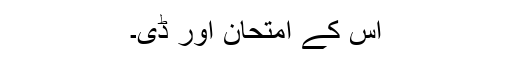
اس کے امتحان اور ڈی۔